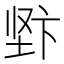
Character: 𱖿